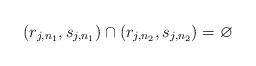
LaTeX: \begin{align*}(r_{j,n_1}, s_{j,n_1})\cap (r_{j, n_2}, s_{j, n_2})=\varnothing\end{align*}